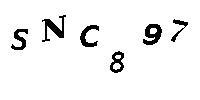
SNC897